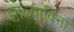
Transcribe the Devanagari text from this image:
झाल्याविना